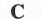
C